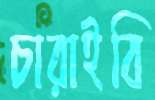
চারাইবি